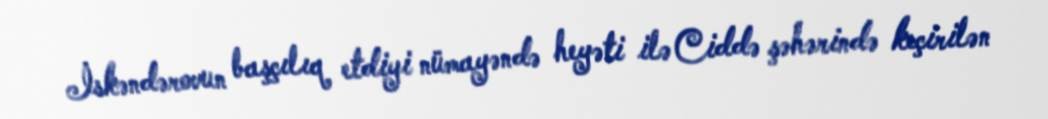
İskəndərovun başçılıq etdiyi nümayəndə heyəti ilə Ciddə şəhərində keçirilən